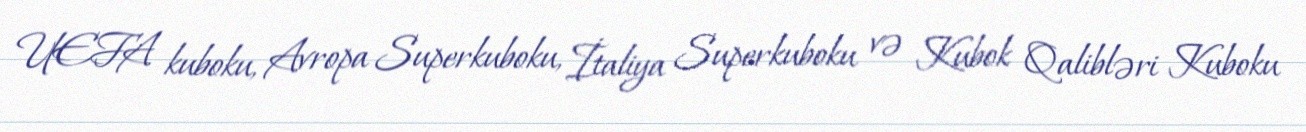
UEFA kuboku, Avropa Superkuboku, İtaliya Superkuboku və Kubok Qalibləri Kuboku